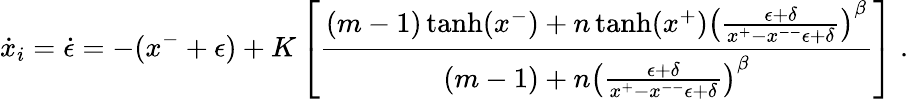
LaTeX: \dot{x}_{i}=\dot{\epsilon}=-(x^{-}+\epsilon)+K\left[\frac{(m-1)\operatorname{tanh}(x^{-})+n\operatorname{tanh}(x^{+})\left(\frac{\epsilon+\delta}{x^{+}-x^{--}\epsilon+\delta}\right)^{\beta}}{(m-1)+n\left(\frac{\epsilon+\delta}{x^{+}-x^{--}\epsilon+\delta}\right)^{\beta}}\right]\; .